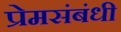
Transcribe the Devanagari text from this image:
प्रेमसंबंधी